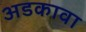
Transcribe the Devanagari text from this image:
अडकावा